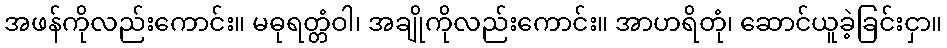
အဖန်ကိုလည်းကောင်း။ မဓုရတ္တံဝါ၊ အချိုကိုလည်းကောင်း။ အာဟရိတုံ၊ ဆောင်ယူခဲ့ခြင်းငှာ။